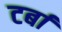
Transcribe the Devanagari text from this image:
टर्बा